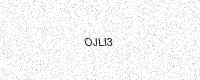
Text: OJLI3